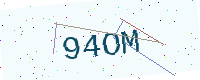
Text: 94OM